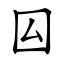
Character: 囜